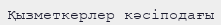
Қызметкерлер кәсіподағы